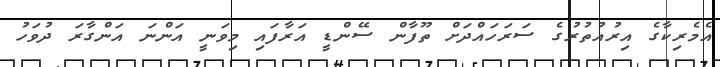
އެމެރިކާގެ އިރުއުތުރުގެ ސަރަހައްދަށް ތޫފާން ސޭންޑީ އަރާފައި މިވަނީ އަންނަ އަންގާރަ ދުވަހު